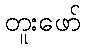
တူးဖော်